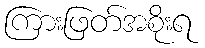
ကြားဖြတ်အစိုးရ